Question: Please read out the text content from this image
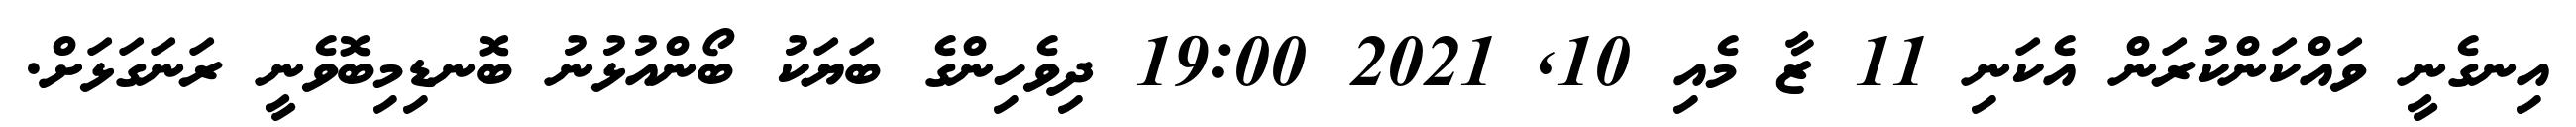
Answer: އިނގެނީ ވައްކަންކުރަން އެކަނި 11 ޒާ މެއި 10, 2021 19:00 ދިވެހިންގެ ބަޔަކު ބޯންއުޅުނު ބޮނޑިމިބޮވެނީ ރަނަގަޅަށް.